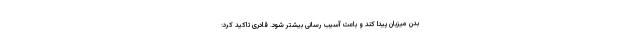
بدن میزبان پیدا کند و باعث آسیب رسانی بیشتر شود. قادری تاکید کرد: